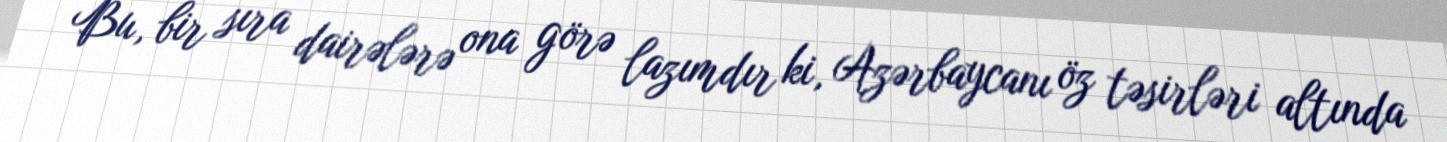
Bu, bir sıra dairələrə ona görə lazımdır ki, Azərbaycanı öz təsirləri altında